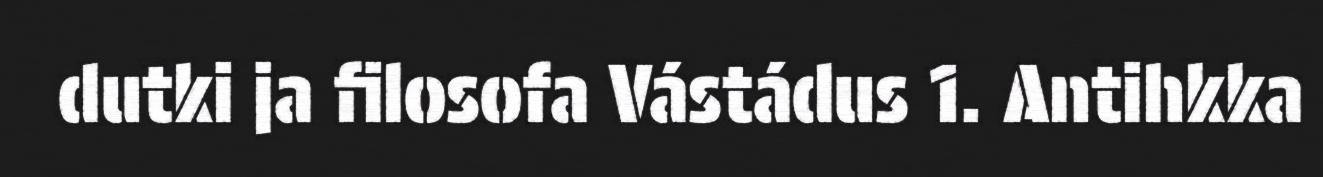
dutki ja filosofa Vástádus 1. Antihkka